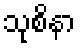
သုစိနာ